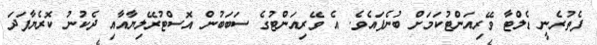
ފެތުރެނީ ޑެލްޓާ ވޭރިއަންޓުކަމަށް ބުނެފައެވެ. އެ ވޭރިއަންޓުގެ ސަބަބުން އޮސްޓުރޭލިޔާއާއި ދެކުނު ކޮރެޔާފަދަ